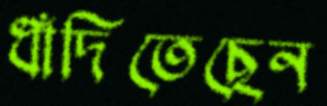
ধাঁদিতেছেন